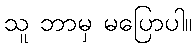
သူ ဘာမှ မပြောပါ။